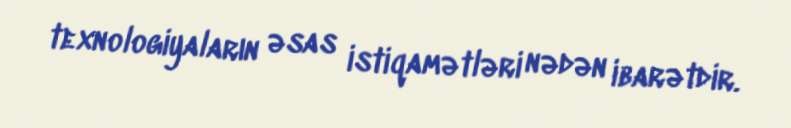
texnologiyaların əsas istiqamətləri nədən ibarətdir.